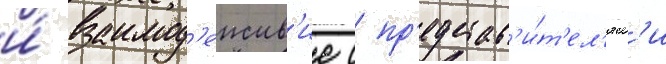
и́ взаимод'еиств'ие с пр'едстав'и́т'ел'ям'и